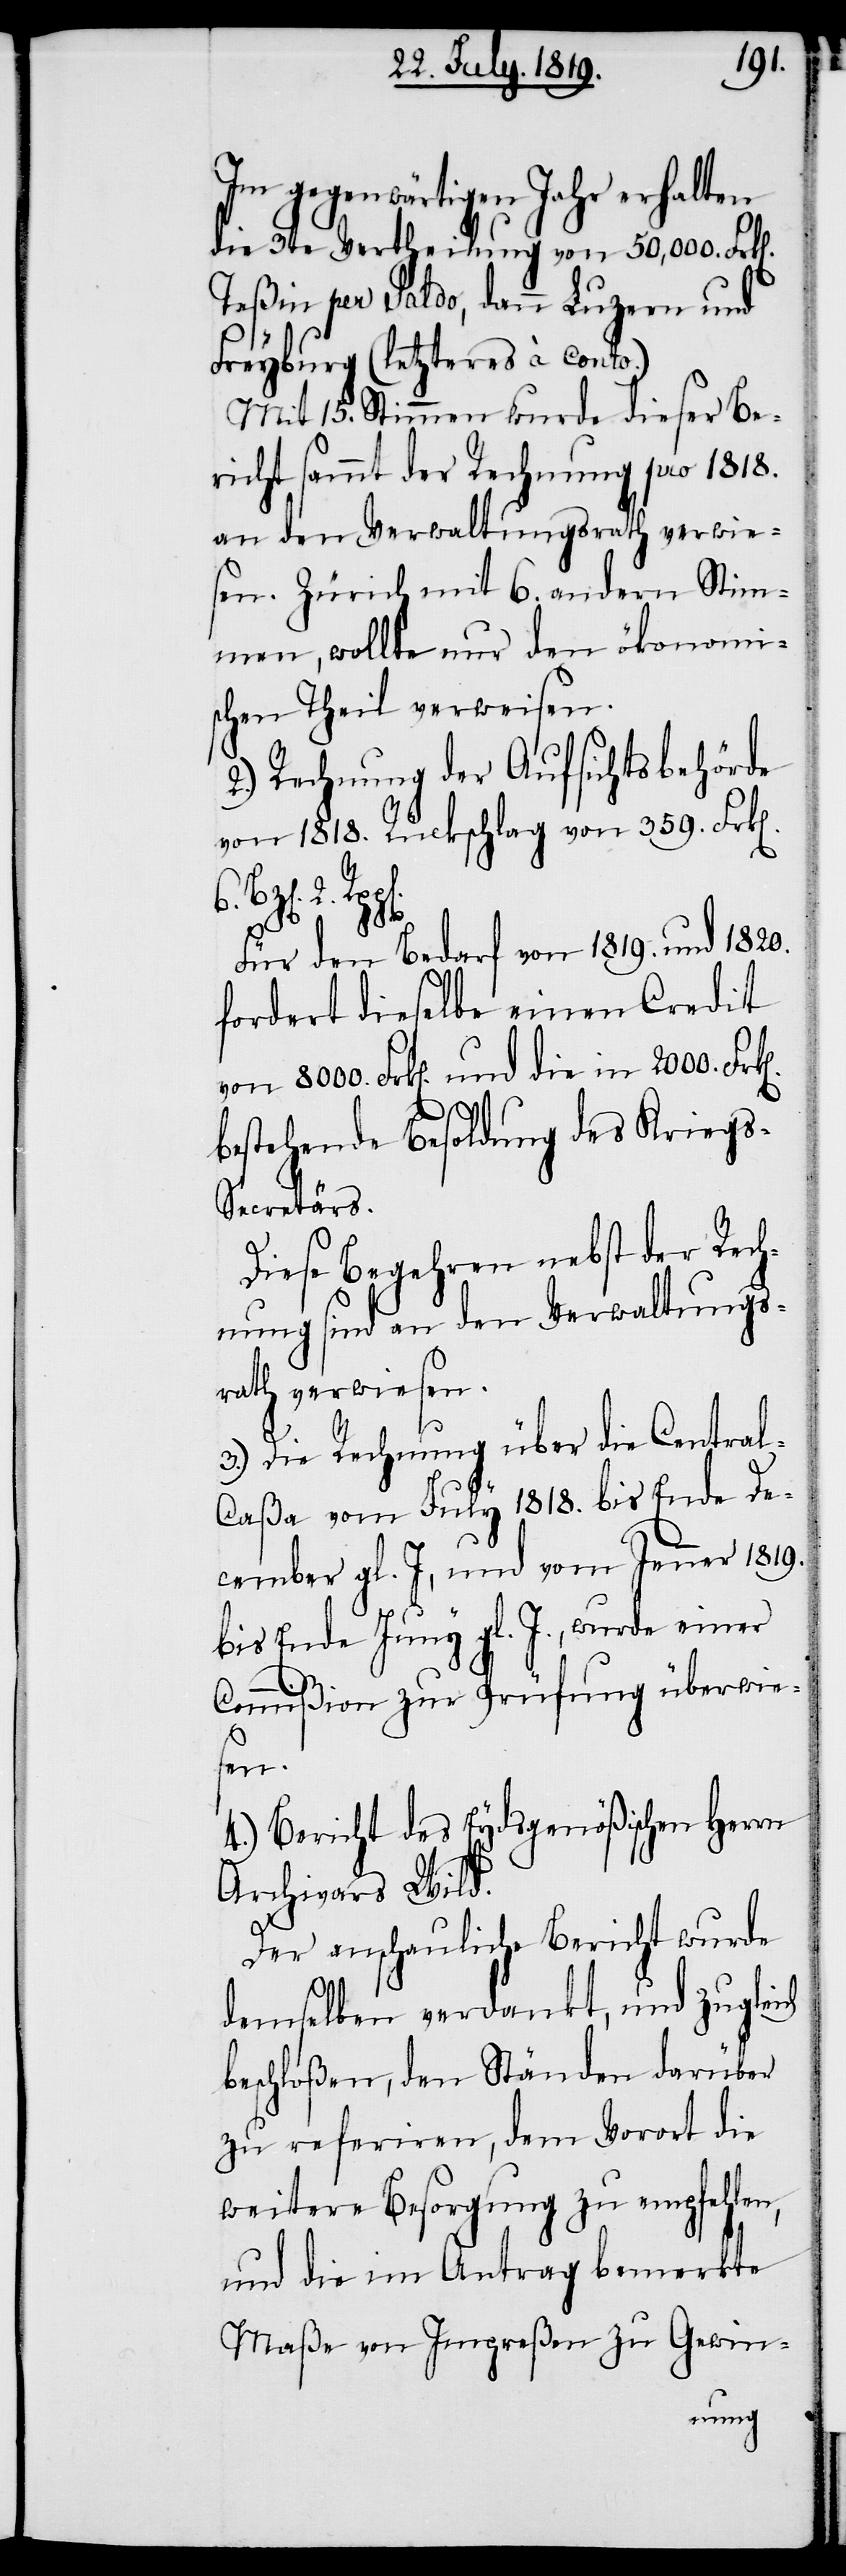
Im gegenwärtigen Jahr erhalten
die 3te Vertheilung von 50,000 Frk[en].
Teßin per Saldo, dann Luzern und
Freyburg (letzteres à Conto.)
Mit 15. Stimmen wurde dieser Be¬
richt sammt der Rechnung pro 1818.
an den Verwaltungsrath verwie¬
sen. Zürich mit 6. andern Stim¬
men, wollte nur den ökonomis¬
chen Theil verweisen.
2.) Rechnung der Aufsichtsbehörde
von 1818. Rückschlag von 359. Frk[e¬
die
6. Bz[en]. 2.
Für den Bedarf von 1819. und 1820.
fordert dieselbe einen Credit
bestehende Besoldung des Kriegs-S¬
ecretärs.
Diese Begehren nebst der Rech¬
nung sind an den Verwaltungs¬
rath verwiesen.
3.) Die Rechnung über die Centra¬
l-Caßa vom July 1818. bis Ende De¬
cember gl. J, und vom Jenner 1819.
bis Ende Juny gl.J., wurde einer
Commißion zur Prüfung überwie¬
sen.
4.) Bericht des Eydsgenößischen Herrn
Archivars Wild.
Der anschauliche Bericht wurde
demselben verdankt, und zugleich
beschloßen, den Ständen darüber
zu referieren, dem Vorort die
weitere Besorgung zu empfehlen,
und die im Antrag bemerkte
Maße von Impreßen zu Gewin-